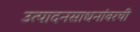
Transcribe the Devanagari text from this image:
उत्पादनसाधनांवरची